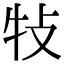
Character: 𤘴